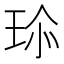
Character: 𤤽